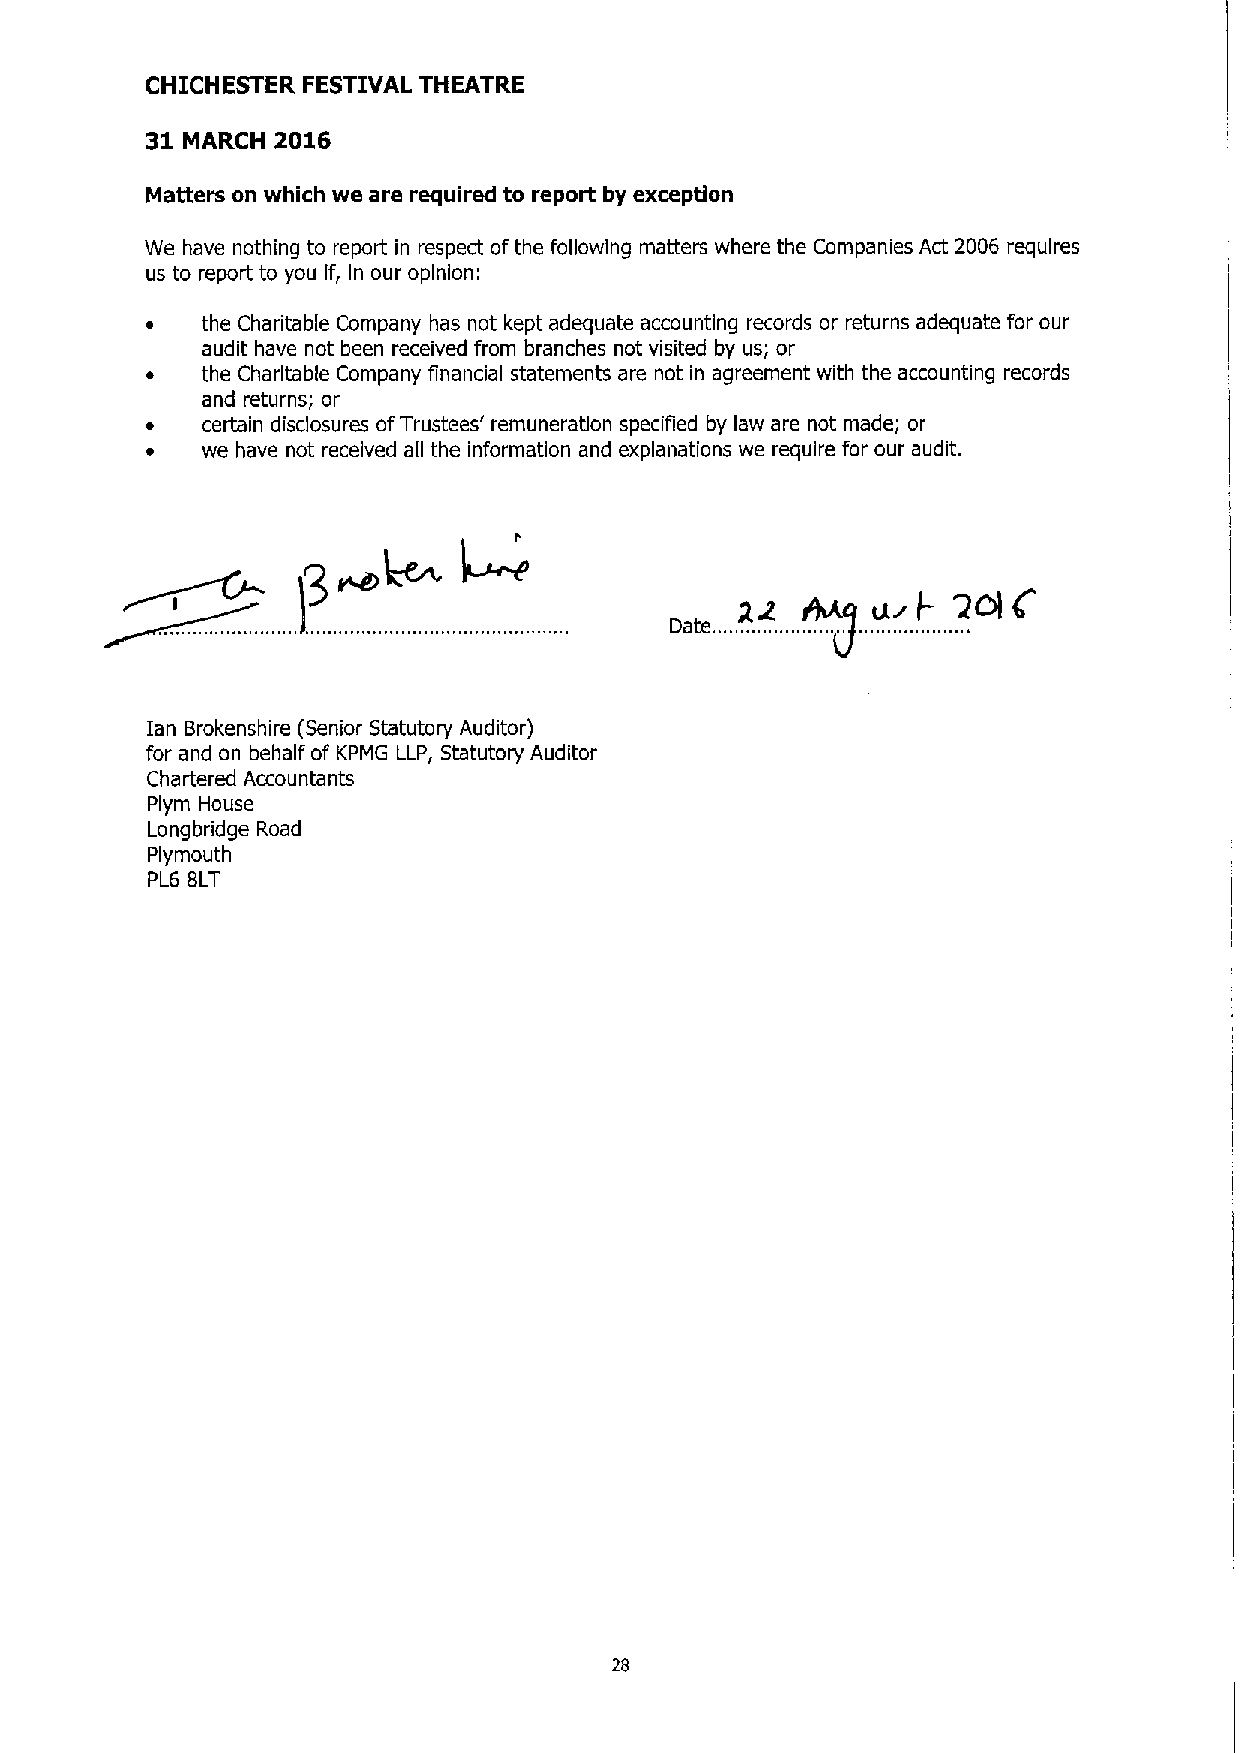
CHICHESTER FESTIVAL THEATRE
 31      2016
 MARCH
 Matters on which we are required to report by exception
 We have nothing to report in respect ofthe following matters where the Companies Act 2006 requires
 us to report to you If, In our opinion:
 the Charitable Company has not kept adequate accounting records or returns adequate for our
 audit have not been received from branches not visited by us; or
 the Charitable Company financial statements are not in agreement with the accounting records
 and returns; or
 certain disclosures ofTrustees' remuneration specified by law are not made; or
 we have not received all the information and explanations we require for our audit.
 ian Brokenshire (Senior Statutory Auditor)
 for and on behalf of KPMG LLP, Statutory Auditor
 Chartered Accountants
 Plym House
 Longbridge Road
 Plymouth
 PL6 8LT
 28